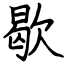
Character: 歇